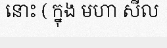
នោះ ( ក្នុង មហា សីល